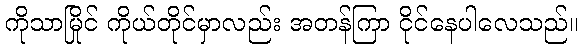
ကိုသာမြိုင် ကိုယ်တိုင်မှာလည်း အတန်ကြာ ငိုင်နေပါလေသည်။